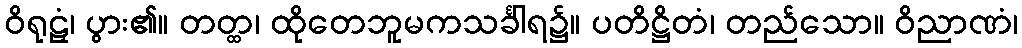
ဝိရုဠှံ၊ ပွား၏။ တတ္ထ၊ ထိုတေဘူမကသင်္ခါရ၌။ ပတိဋ္ဌိတံ၊ တည်သော။ ဝိညာဏံ၊